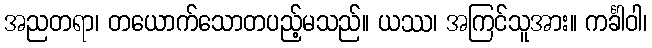
အညတရာ၊ တယောက်သောတပည့်မသည်။ ယဿ၊ အကြင်သူအား။ ကင်္ခါဝါ၊